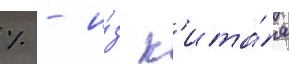
% - и́з к'ита́я